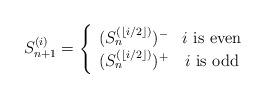
LaTeX: \begin{align*}S^{(i)}_{n+1}=\left\{\begin{array}{cc} (S^{(\lfloor i/2\rfloor)}_n)^- & \textrm{$i$ is even} \\ (S^{(\lfloor i/2\rfloor)}_n)^+ & \textrm{$i$ is odd} \end{array}\right.\end{align*}